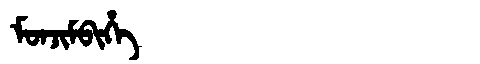
Manchu: ᠮᠣᠨᠵᡳᠮᠪᡳᡥᡝ
Romanization: MONJIMBIHE